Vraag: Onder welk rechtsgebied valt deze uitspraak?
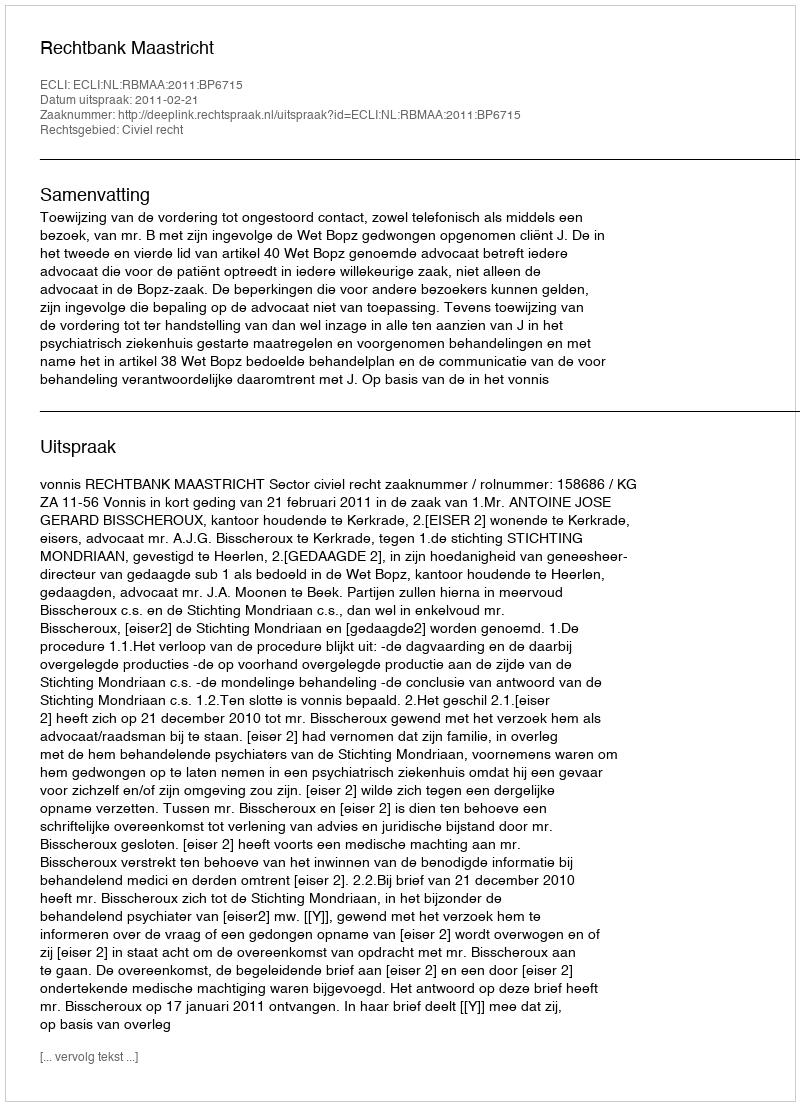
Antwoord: Civiel recht